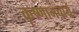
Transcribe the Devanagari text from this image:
कृष्णामचार्य